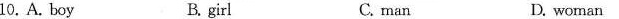
10.A. Boy B. girl C. man D. woman